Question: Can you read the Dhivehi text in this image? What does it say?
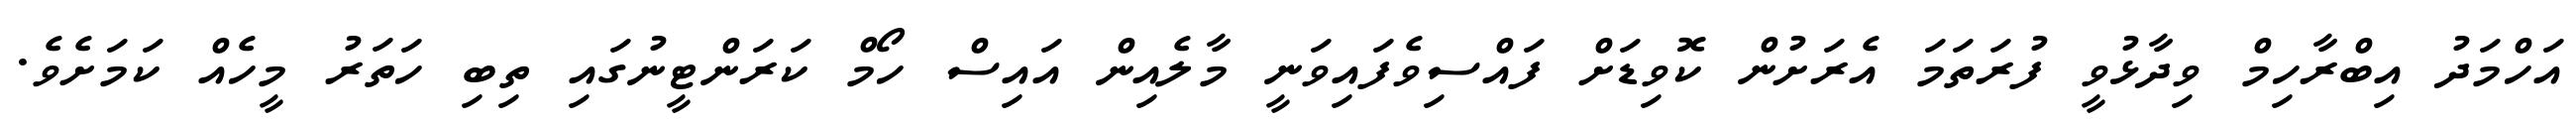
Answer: އަހްމަދު އިބްރާހިމް ވިދާޅުވީ ފުރަތަމަ އެރަށުން ކޮވިޑަށް ފައްސިވެފައިވަނީ މާލެއިން އައިސް ހޯމް ކަރަންޓީނުގައި ތިބި ހަތަރު މީހެއް ކަމަށެވެ.